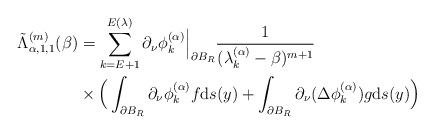
LaTeX: \begin{align*}\tilde{\Lambda}^{(m)}_{\alpha, 1, 1}( \beta)& = \sum_{k=E+1}^{E(\lambda)} \partial_\nu\phi^{(\alpha)}_k\Big\vert_{\partial B_R} \frac{1}{(\lambda^{(\alpha)}_k - \beta)^{m + 1}} \\&\times\Big(\int_{\partial B_R} \partial_\nu\phi^{(\alpha)}_k f{\rm d}s(y) + \int_{\partial B_R} \partial_\nu(\Delta\phi^{(\alpha)}_k)g{\rm d}s(y)\Big)\end{align*}